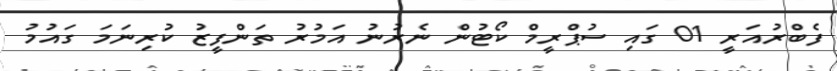
ފެބްރުއަރީ 01 ގައި ސުޕްރީމް ކޯޓުން ނެރުނު އަމުރު ތަންފީޒު ކުރިނަމަ ގައުމު